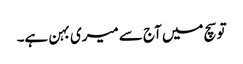
تو سچ میں آج سے میری بہن ہے۔